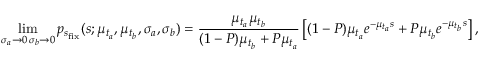
\operatorname* { l i m } _ { \substack { \sigma _ { a } \rightarrow 0 \, \sigma _ { b } \rightarrow 0 } } p _ { s _ { \mathrm { f i x } } } ( s ; \mu _ { t _ { a } } , \mu _ { t _ { b } } , \sigma _ { a } , \sigma _ { b } ) = \frac { \mu _ { t _ { a } } \mu _ { t _ { b } } } { ( 1 - P ) \mu _ { t _ { b } } + P \mu _ { t _ { a } } } \left[ ( 1 - P ) \mu _ { t _ { a } } e ^ { - \mu _ { t _ { a } } s } + P \mu _ { t _ { b } } e ^ { - \mu _ { t _ { b } } s } \right] ,